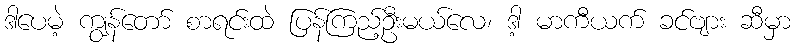
ဒါပေမဲ့ ကျွန်တော် စာရင်းထဲ ပြန်ကြည့်ဦးမယ်လေ၊ ဒါ့ မာကီယက် ခင်ဗျား ဆီမှာ